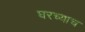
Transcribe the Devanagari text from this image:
घरच्याच